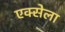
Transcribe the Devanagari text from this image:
एक्सेला